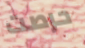
حرصت